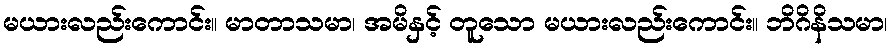
မယားလည်းကောင်း။ မာတာသမာ၊ အမိနှင့် တူသော မယားလည်းကောင်း။ ဘိဂိနိသမာ၊